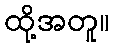
ထို့အတူ။